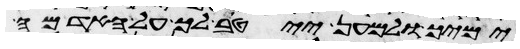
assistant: ימיך ולמען ייטב לך על האדמה